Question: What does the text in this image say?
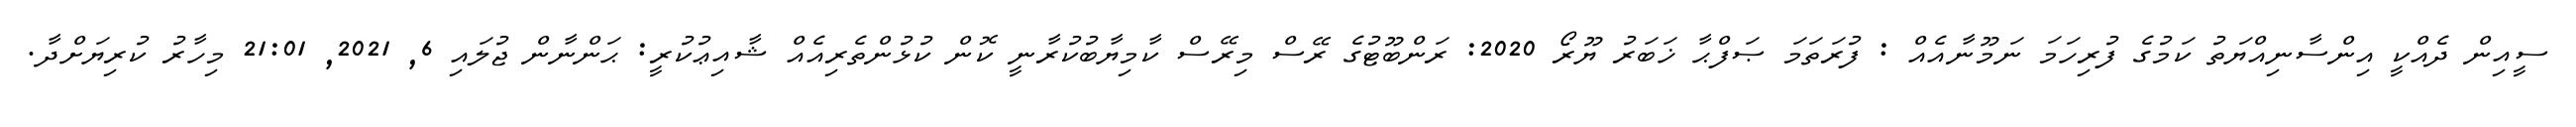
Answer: ސީއިން ދެއްކީ އިންސާނިއްޔަތު ކަމުގެ ފުރިހަމަ ނަމޫނާއެއް : ފުރަތަމަ ޞަފްޙާ ޚަބަރު ޔޫރޯ 2020: ރަންބޫޓުގެ ރޭސް މިރޭސް ކާމިޔާބުކުރާނީ ކޮން ކުޅުންތެރިއެއް ޝާއިޢުކުރީ: ޙަންނާން ޖުލައި 6, 2021, 21:01 މިހާރު ކުރިޔަށްދާ.